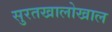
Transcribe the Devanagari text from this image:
सुरतखालोखाल